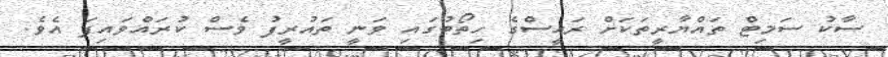
ސާކު ސަމިޓް ތައްޔާރީތަކަށް ރައީސްގެ ހިތޯބުގައި ވަނީ ތައުރީފު ވެސް ކުރައްވައިފަ އެވެ.